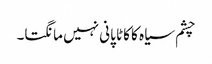
چشم سیاہ کا کاٹا پانی نہیں مانگتا۔